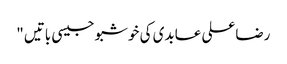
رضاعلی عابدی کی خوشبو جیسی باتیں "